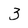
Character: 3